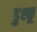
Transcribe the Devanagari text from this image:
डुश्कू